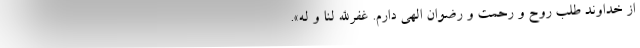
از خداوند طلب رَوح و رحمت و رضوان الهی دارم. غفر‌الله لنا و له».